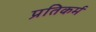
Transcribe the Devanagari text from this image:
प्रतिकर्म